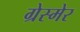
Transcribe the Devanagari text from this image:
ग्रेस्मेर